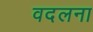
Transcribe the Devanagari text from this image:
वदलना